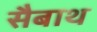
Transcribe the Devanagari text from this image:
सैबाथ